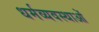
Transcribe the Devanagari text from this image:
धर्मव्यवस्थाओं